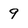
Character: 9